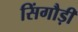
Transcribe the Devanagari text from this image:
सिंगौड़ी